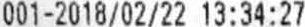
001-2018/02/22 13:34:27